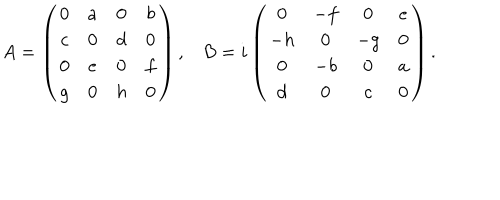
LaTeX: \begin{matrix} { { A = \left( \begin{matrix} { { 0 } } & { { a } } & { { 0 } } & { { b } } \\ { { c } } & { { 0 } } & { { d } } & { { 0 } } \\ { { 0 } } & { { e } } & { { 0 } } & { { f } } \\ { { g } } & { { 0 } } & { { h } } & { { 0 } } \\ \end{matrix} \right) , } } & { { B = i \left( \begin{matrix} { { 0 } } & { { - f } } & { { 0 } } & { { e } } \\ { { - h } } & { { 0 } } & { { - g } } & { { 0 } } \\ { { 0 } } & { { - b } } & { { 0 } } & { { a } } \\ { { d } } & { { 0 } } & { { c } } & { { 0 } } \\ \end{matrix} \right) } } \\ \end{matrix} .